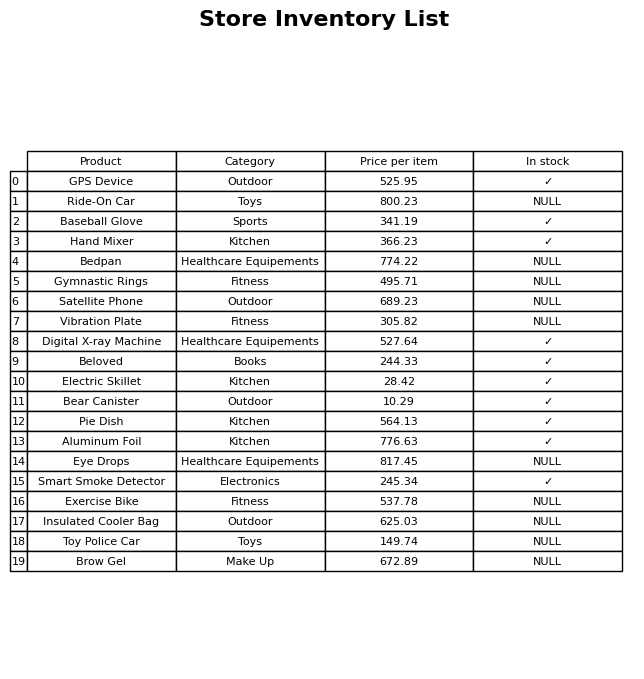
question: Which products are currently out of stock?
answer: Ride-On Car, Bedpan, Gymnastic Rings, Satellite Phone, Vibration Plate, Eye Drops, Exercise Bike, Insulated Cooler Bag, Toy Police Car, Brow Gel